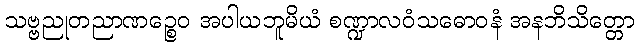
သဗ္ဗညုတညာဏဉ္စေဝ အပါယဘူမိယံ စဏ္ဍာလဝံသဓောဝနံ အနဘိသိတ္တော